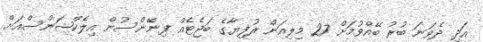
އަދި ދެވަނަ ބުރު ބޭއްވުމަށް 27 މިލިއަން ރުފިޔާގެ ބަޖެޓެއް ފިނޭންސުން އިިލެކްޝަންސްއަށް